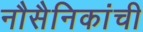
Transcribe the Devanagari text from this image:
नौसैनिकांची